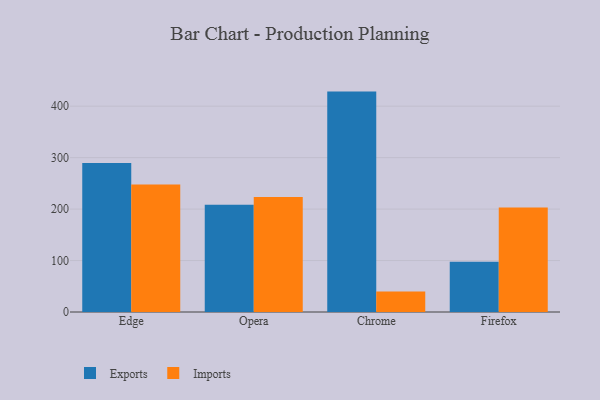
{"axis": {"x": "Browser", "y": "Operating Costs (USD K)"}, "legend": ["Exports", "Imports"], "data": [{"x": "Edge", "y": 289.4, "type": "Exports"}, {"x": "Edge", "y": 247.6, "type": "Imports"}, {"x": "Opera", "y": 208.5, "type": "Exports"}, {"x": "Opera", "y": 223.5, "type": "Imports"}, {"x": "Chrome", "y": 428.3, "type": "Exports"}, {"x": "Chrome", "y": 39.8, "type": "Imports"}, {"x": "Firefox", "y": 97.6, "type": "Exports"}, {"x": "Firefox", "y": 202.9, "type": "Imports"}]}